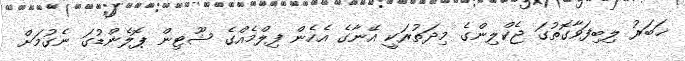
ޚަބަރު ލިބިފަވާގޮތުގަ ޖެކްލިންގެ މިދަތުރަކީ އޭނާގެ އެހެން ފިލްމެއްގެ ޝޫޓިން ޕޮލެންޑުގަ ނެގުމަށް